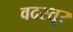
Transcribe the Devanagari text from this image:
वदस्तूर